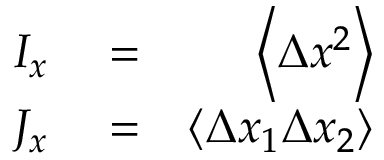
\begin{array} { r l r } { I _ { x } } & { { } = } & { \left\langle \Delta x ^ { 2 } \right\rangle } \\ { J _ { x } } & { { } = } & { \left\langle \Delta x _ { 1 } \Delta x _ { 2 } \right\rangle } \end{array}